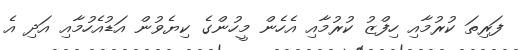
ފަރިތަ ކުރުމާއި ހިފްޒު ކުރުމާއި އެހެން މީހުންގެ ކިޔެވުން އަޑުއެހުމާއި އަދި އެ